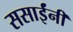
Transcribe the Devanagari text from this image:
ससाईंनी